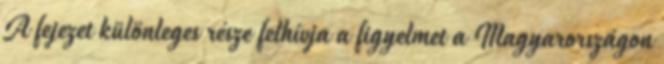
A fejezet különleges része felhívja a figyelmet a Magyarországon